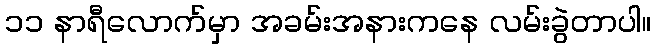
၁၁ နာရီလောက်မှာ အခမ်းအနားကနေ လမ်းခွဲတာပါ။